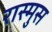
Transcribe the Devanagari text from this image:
रास्मुस